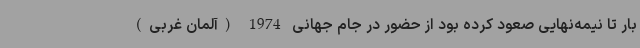
بار تا نیمه‌نهایی صعود کرده بود از حضور در جام جهانی 1974 (آلمان غربی)